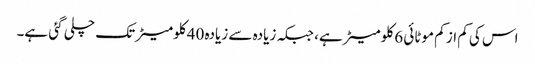
اس کی کم از کم موٹائی 6 کلومیٹر ہے، جبکہ زیادہ سے زیادہ 40 کلومیٹر تک چلی گئی ہے۔